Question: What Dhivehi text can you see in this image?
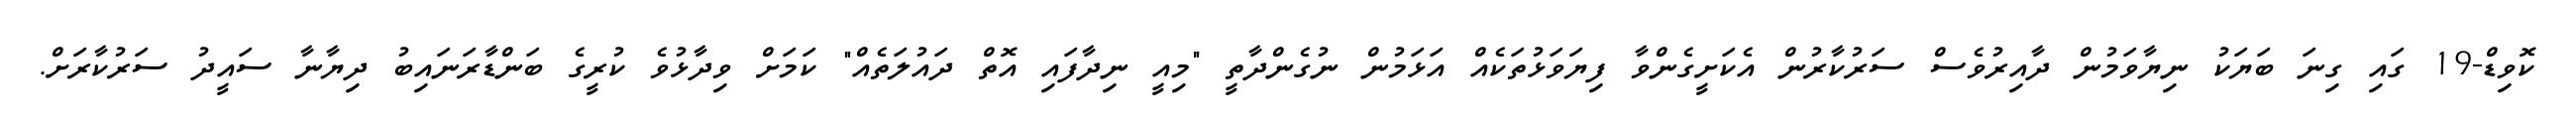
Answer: ކޮވިޑް-19 ގައި ގިނަ ބަޔަކު ނިޔާވަމުން ދާއިރުވެސް ސަރުކާރުން އެކަށީގެންވާ ފިޔަވަޅުތަކެއް އަޅަމުން ނުގެންދާތީ "މިއީ ނިދާފައި އޮތް ދައުލަތެއް" ކަމަށް ވިދާޅުވެ ކުރީގެ ބަންޑާރަނައިބު ދިޔާނާ ސައީދު ސަރުކާރަށް.